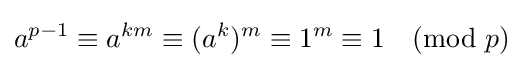
a^{p-1}\equiv a^{km}\equiv (a^{k})^{m}\equiv 1^{m}\equiv 1{\pmod {p}}